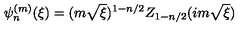
\psi _ { n } ^ { ( m ) } ( \xi ) = ( m \sqrt { \xi } ) ^ { 1 - n / 2 } Z _ { 1 - n / 2 } ( i m \sqrt { \xi } )